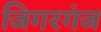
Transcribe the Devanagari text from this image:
जिगरगंज